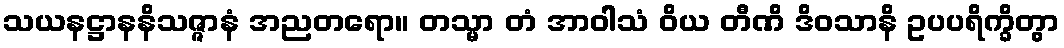
သယနဋ္ဌာနနိသဇ္ဇာနံ အညတရော။ တသ္မာ တံ အာဝါသံ ဝိယ တီဏိ ဒိဝသာနိ ဥပပရိက္ခိတွာ